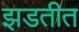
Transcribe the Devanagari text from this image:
झडतीत